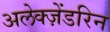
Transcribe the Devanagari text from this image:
अलेक्ज़ेंडरिन